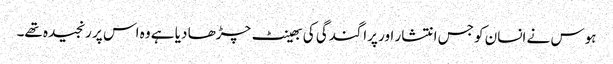
ہوس نے انسان کو جس انتشار اور پراگندگی کی بھینٹ چڑھا دیا ہے وہ اس پر رنجیدہ تھے۔